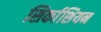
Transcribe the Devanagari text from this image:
सिर्काशियन